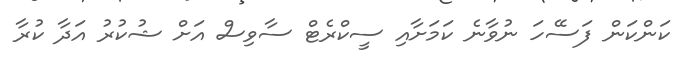
ކަންކަން ފަސޭހަ ނުވާނެ ކަމަށާއި ސީކްރެޓް ސާވިސް އަށް ޝުކުރު އަދާ ކުރާ